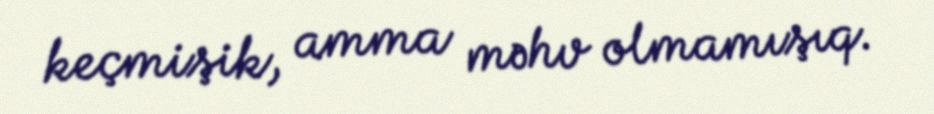
keçmişik, amma məhv olmamışıq.